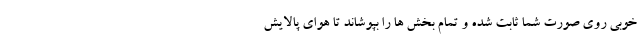
خوبی روی صورت شما ثابت شده و تمام بخش ها را بپوشاند تا هوای پالایش